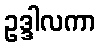
ဥဒ္ဒါလကာ